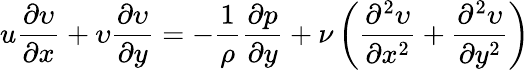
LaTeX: u{\frac{\partial\upsilon}{\partial x}}+\upsilon{\frac{\partial\upsilon}{\partial y}}=-{\frac{1}{\rho}}{\frac{\partial p}{\partial y}}+{\nu}\left({\frac{\partial^{2}\upsilon}{\partial x^{2}}}+{\frac{\partial^{2}\upsilon}{\partial y^{2}}}\right)